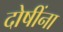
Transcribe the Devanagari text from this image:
दोषींना